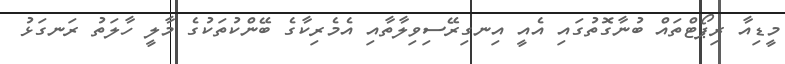
މީޑިއާ ރިޕޯޓްތައް ބުނާގޮތުގައި އެއީ އިނގިރޭސިވިލާތާއި އެމެރިކާގެ ބޭންކުތަކުގެ މާލީ ހާލަތު ރަނގަޅު